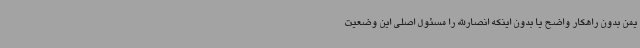
یمن بدون راهکار واضح یا بدون اینکه انصارالله را مسئول اصلی این وضعیت